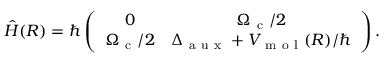
\hat { H } ( R ) = \hbar \left( \begin{array} { c c } { 0 } & { \Omega _ { \mathrm { ~ c ~ } } / 2 } \\ { \Omega _ { \mathrm { ~ c ~ } } / 2 } & { \Delta _ { \mathrm { ~ a ~ u ~ x ~ } } + V _ { \mathrm { ~ m ~ o ~ l ~ } } ( R ) / \hbar } \end{array} \right) .